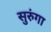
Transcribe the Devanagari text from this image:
सुरुंगा